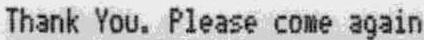
THANK YOU. PLEASE COME AGAIN